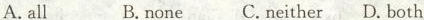
A.all B.none C.neither D.both